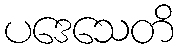
ပဒေသေတိ